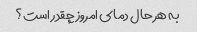
به هر حال دمای امروز چقدر است؟